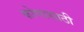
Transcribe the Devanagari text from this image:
कोणासाठी